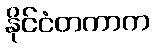
နိုင်ငံတကာက